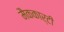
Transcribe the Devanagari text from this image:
मैककार्टी